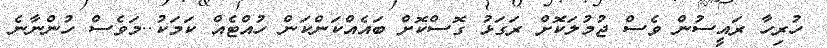
ހުރިހާ ރައީސުން ވެސް ޖުމުލަކޮށް ރަގަޅު ގޮސްކޮށް ބައެއްކަންކަން ހުއްޓެއް ކަމަކު..މަވެސް ހުންނާނެ